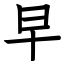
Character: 早